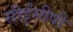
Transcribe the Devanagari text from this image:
सीईसीपी